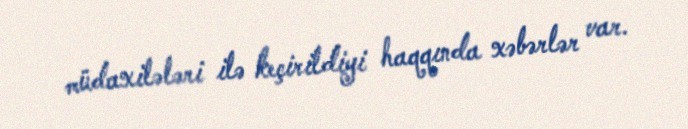
müdaxilələri ilə keçirildiyi haqqında xəbərlər var.